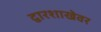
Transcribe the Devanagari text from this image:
द्वारशाखेवर